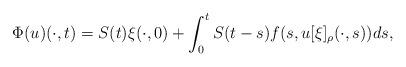
LaTeX: \begin{align*}\Phi(u)(\cdot, t) = S(t)\xi(\cdot,0) + \int_0^t S(t-s)f(s, u[\xi]_\rho(\cdot,s))ds,\end{align*}